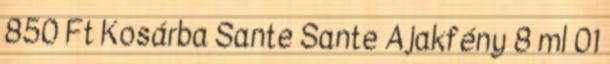
850 Ft Kosárba Sante Sante Ajakfény 8 ml 01